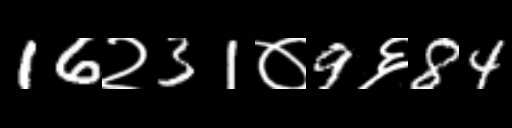
Text: 16२31०9६84